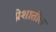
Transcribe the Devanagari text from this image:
प्रेशातील